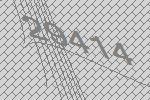
29414